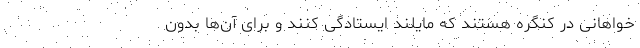
‌خواهانی در کنگره هستند که مایلند ایستادگی کنند و برای آن‌ها بدون